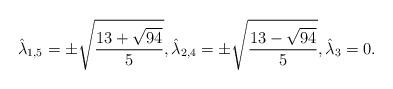
LaTeX: \begin{align*} \hat{\lambda}_{1,5} = \pm\sqrt{\frac{13 + \sqrt{94}}{5}}, \hat{\lambda}_{2,4} = \pm\sqrt{\frac{13 - \sqrt{94}}{5}}, \hat{\lambda}_3 = 0.\end{align*}